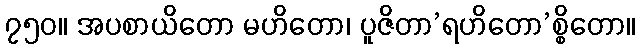
၇၅၀။ အပစာယိတော မဟိတော၊ ပူဇိတာ’ရဟိတော’စ္စိတော။